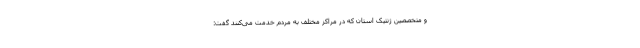
و متخصصین ژنتیک استان که در مراکز مختلف به مردم خدمت می‌کنند گفت: